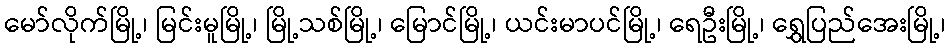
မော်လိုက်မြို့၊ မြင်းမူမြို့၊ မြို့သစ်မြို့၊ မြောင်မြို့၊ ယင်းမာပင်မြို့၊ ရေဦးမြို့၊ ရွှေပြည်အေးမြို့၊